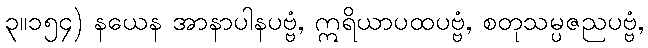
၃။၁၅၄) နယေန အာနာပါနပဗ္ဗံ, ဣရိယာပထပဗ္ဗံ, စတုသမ္ပဇညပဗ္ဗံ,